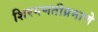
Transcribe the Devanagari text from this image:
शिरगणतीप्रमाणे